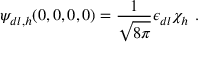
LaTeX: \psi _ { d l , h } ( 0 , 0 , 0 , 0 ) = \frac { 1 } { \sqrt { 8 \pi } } \epsilon _ { d l } \chi _ { h } \ .